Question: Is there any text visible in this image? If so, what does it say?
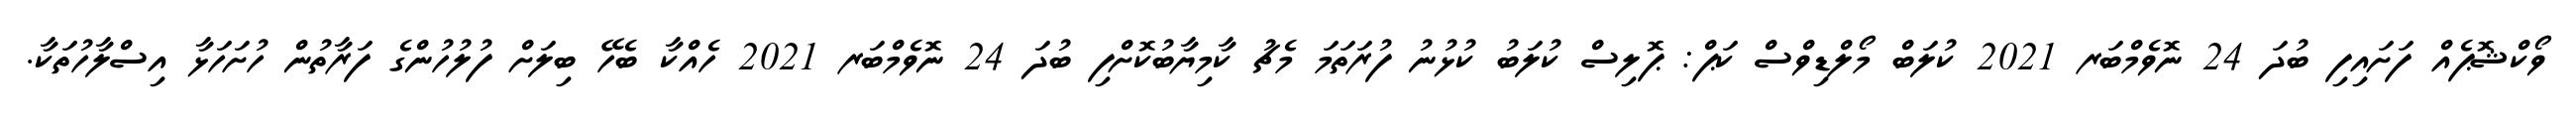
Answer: ވޯކްޝޮޕެއް ފަށައިފި ބުދަ 24 ނޮވެމްބަރ 2021 ކުލަބް މޯލްޑިވްސް ކަޕް: ޕޮލިސް ކުލަބު ކުޅުނު ފުރަތަމަ މެޗު ކާމިޔާބުކޮށްފި ބުދަ 24 ނޮވެމްބަރ 2021 ހެއްކާ ބެހޭ ބިލަށް ފުލުހުންގެ ފަރާތުން ހުށަހަޅާ އިސްލާހުތަކާ.